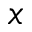
x